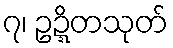
၇၊ ဥဍ္ဍိတသုတ်